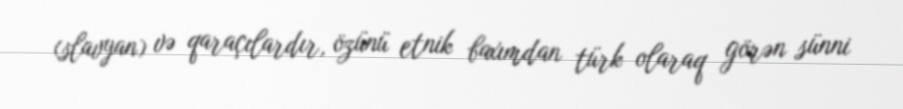
(slavyan) və qaraçılardır, özünü etnik baxımdan türk olaraq görən sünni